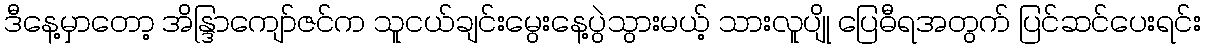
ဒီနေ့မှာတော့ အိန္ဒြာကျော်ဇင်က သူငယ်ချင်းမွေးနေ့ပွဲသွားမယ့် သားလူပျို ပြေဓီရအတွက် ပြင်ဆင်ပေးရင်း